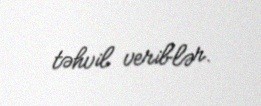
təhvil veriblər.